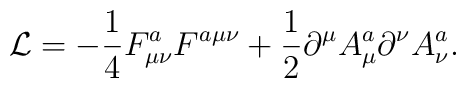
{\cal L} = -{1\over 4} F^a_{\mu \nu} F^{a\mu \nu}+{1\over 2} \partial^{\mu}A_{\mu}^{a} \partial^{\nu}A_{\nu}^{a} .